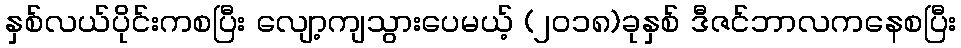
နှစ်လယ်ပိုင်းကစပြီး လျော့ကျသွားပေမယ့် (၂၀၁၈)ခုနှစ် ဒီဇင်ဘာလကနေစပြီး